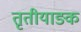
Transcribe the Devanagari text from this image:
तृतीयाङ्क